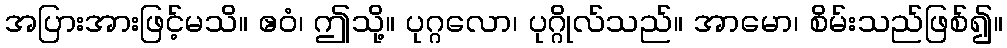
အပြားအားဖြင့်မသိ။ ဧဝံ၊ ဤသို့။ ပုဂ္ဂလော၊ ပုဂ္ဂိုလ်သည်။ အာမော၊ စိမ်းသည်ဖြစ်၍။